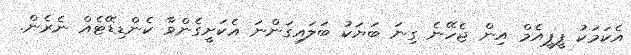
އެކަމަކު ޕީޕީއެމް އިން ޖެހޭނެ ގިނަ ބަޔަކު ބަލައިގަންނަ އެކަށީގެންވާ ކެންޑިޑޭޓެއް ނެރެން.